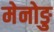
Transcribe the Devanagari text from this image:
मेनोङु